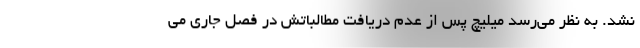
نشد. به نظر می‌رسد میلیچ پس از عدم دریافت مطالباتش در فصل جاری می